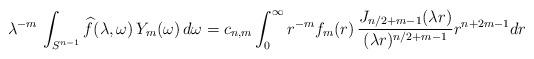
LaTeX: \begin{align*} \lambda^{-m}\, \int_{S^{n-1}} \widehat{f}(\lambda, \omega)\, Y_m(\omega)\, d\omega = c_{n,m} \int_0^\infty r^{-m} f_m(r) \, \frac{J_{n/2+m-1}(\lambda r)}{(\lambda r)^{n/2+m-1}} r^{n+2m-1} dr \end{align*}